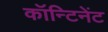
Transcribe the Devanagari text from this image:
कॉन्टिनेंट